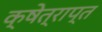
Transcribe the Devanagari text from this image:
क्षेत्राप्त